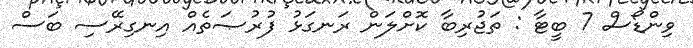
ވިންޑޯސް 7 ބީޓާ : ތަޖުރިބާ ކޮށްލަން ރަނގަޅު ފުރުޞަތެއް އިނގިރޭސި ބަސް